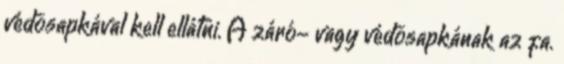
védõsapkával kell ellátni. A záró- vagy védõsapkának az fa.